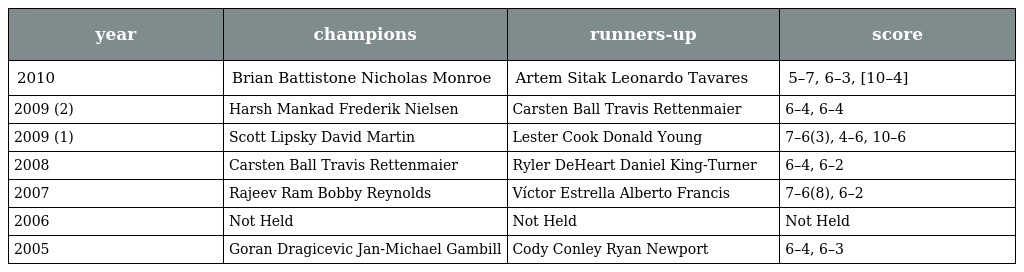
| year | champions | runners-up | score |
 | --- | --- | --- | --- |
 | 2010 | Brian Battistone Nicholas Monroe | Artem Sitak Leonardo Tavares | 5–7, 6–3, [10–4] |
 | 2009 (2) | Harsh Mankad Frederik Nielsen | Carsten Ball Travis Rettenmaier | 6–4, 6–4 |
 | 2009 (1) | Scott Lipsky David Martin | Lester Cook Donald Young | 7–6(3), 4–6, 10–6 |
 | 2008 | Carsten Ball Travis Rettenmaier | Ryler DeHeart Daniel King-Turner | 6–4, 6–2 |
 | 2007 | Rajeev Ram Bobby Reynolds | Víctor Estrella Alberto Francis | 7–6(8), 6–2 |
 | 2006 | Not Held | Not Held | Not Held |
 | 2005 | Goran Dragicevic Jan-Michael Gambill | Cody Conley Ryan Newport | 6–4, 6–3 |